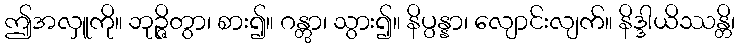
ဤအလှူကို။ ဘုဉ္ဇိတွာ၊ စား၍။ ဂန္တွာ၊ သွား၍။ နိပ္ပန္နာ၊ လျောင်းလျက်။ နိဒ္ဒါယိဿန္တိ၊